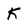
Character: K